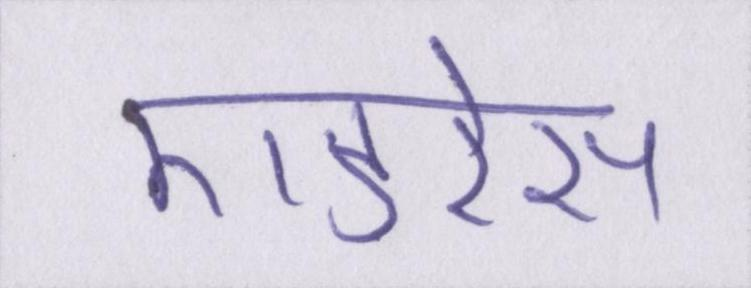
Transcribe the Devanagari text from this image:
एडरेस